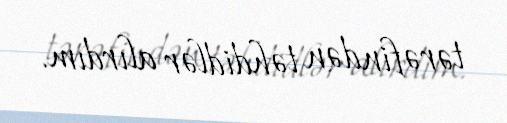
tərəfindən təhdidlər alırdım.